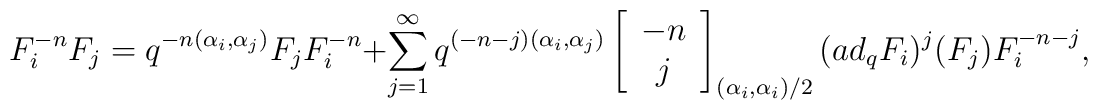
F_{i}^{-n}F_{j}=q^{-n(\alpha_{i},\alpha_{j})}F_{j}F_{i}^{-n}+\sum_{j=1}^{\infty}q^{(-n-j)(\alpha_{i},\alpha_{j})} \left[ \begin{array}{c}-n\\j\end{array}\right]_{(\alpha_{i},\alpha_{i})/2} (ad_{q}F_{i})^{j}(F_{j})F_{i}^{-n-j},